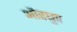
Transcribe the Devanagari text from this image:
औरधुप